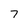
Character: 7